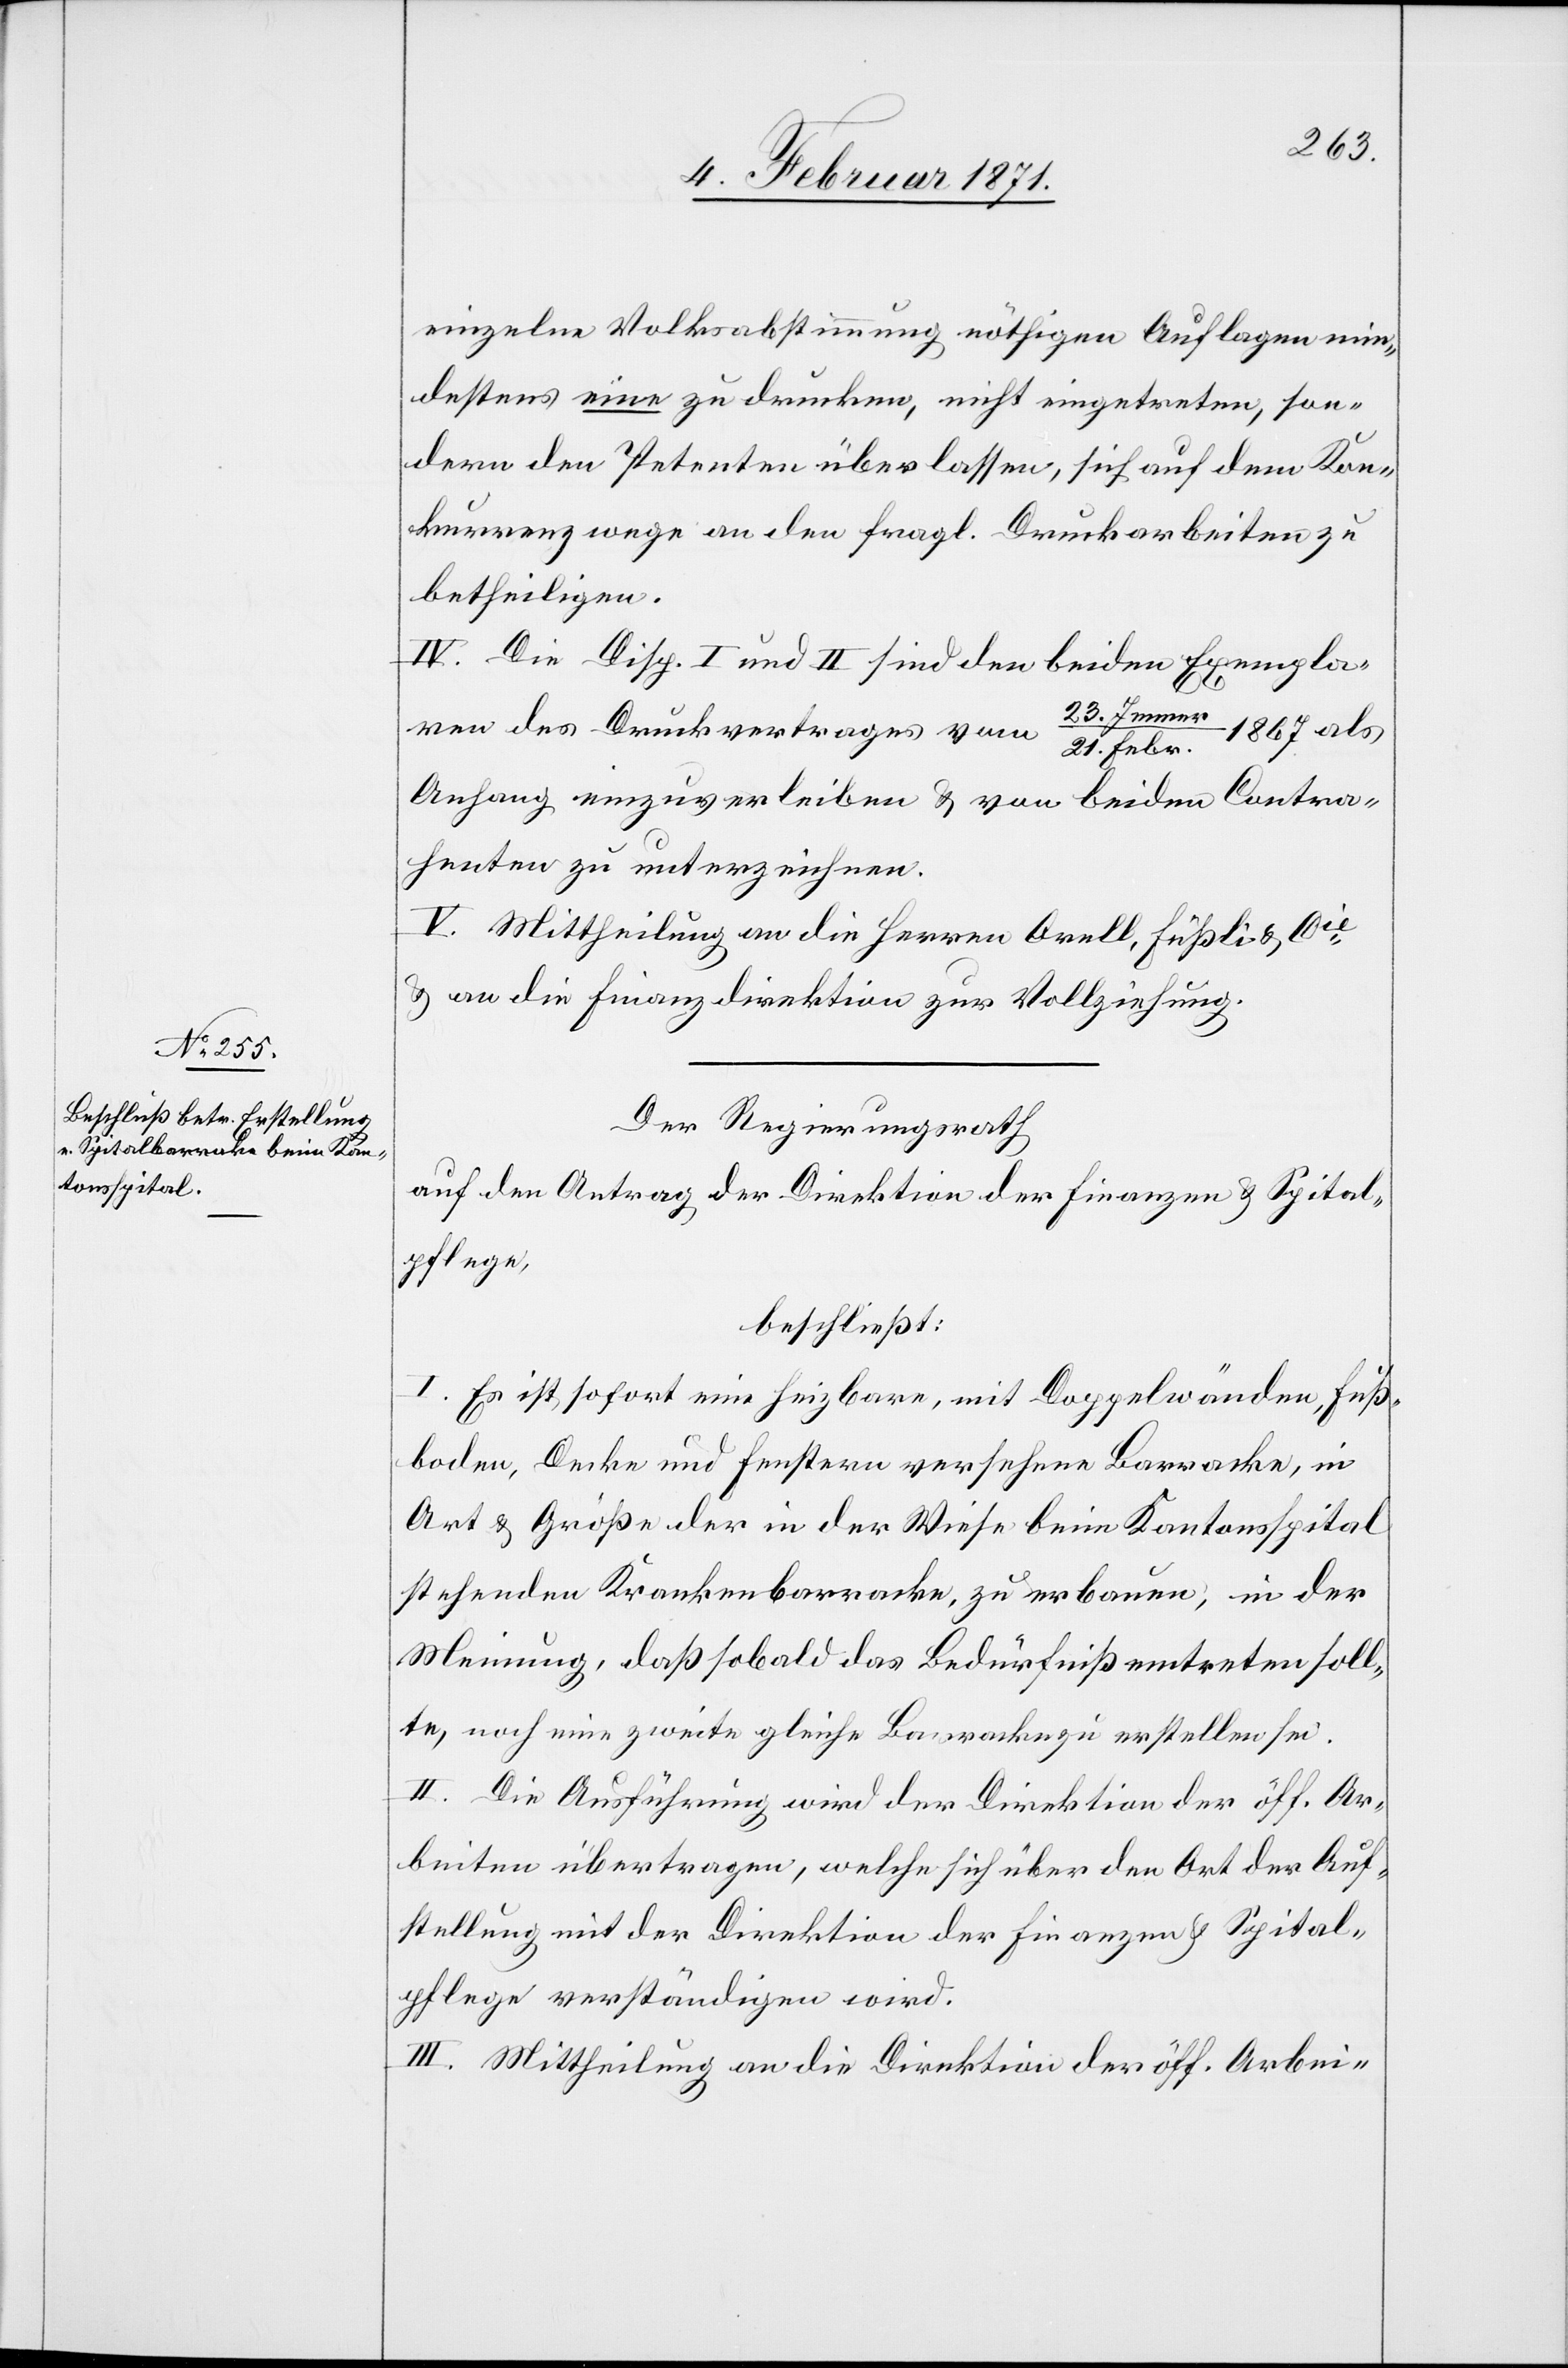
einzelne Volksabstimmung nöthigen Auflagen min¬
destens eine zu drucken, nicht eingetreten, son¬
dern den Petenten überlassen, sich auf dem Kon¬
kurrenzwege an den fragl. Druckarbeiten zu
betheiligen.
IV. Die Disp. I und II sind den beiden Exempla¬
23.Jenner
ren des Druckvertrages vom
21. Febr. 1867 als
Anfang einzuverleiben u. von beiden Contra¬
henten zu unterzeichnen.
V. Mittheilung an die Herren Orell, Füßli & Cie.
u. an die Finanzdirektion zur Vollziehung.
Der Regierungsrath
auf den Antrag der Direktion der Finanzen u. Spital¬
pflege,
beschließt:
I. Es ist sofort eine heizbare, mit Doppelwänden, Fuß¬
boden, Decke und Fenstern versehene Barracke, in
Art u. Größe der in der Wiese beim Kantonsspital
stehenden Krankenbarracke, zu erbauen, in der
Meinung, daß sobald das Bedürfniß eintreten soll¬
te, noch eine zweite gleiche Barracke zu erstellen sei.
II. Die Ausführung wird der Direktion der öff. Ar¬
beiten übertragen, welche sich über den Ort der Auf¬
stellung mit der Direktion der Finanzen u. Spital¬
pflege verständigen wird.
III. Mittheilung an die Direktion der öff. Arbei-